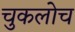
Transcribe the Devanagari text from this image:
चुकलोच